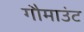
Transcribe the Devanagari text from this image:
गौमाउंट